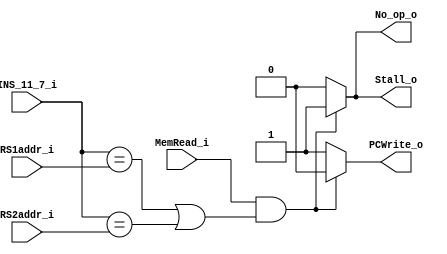
module Hazard_Detection_Unit(
    MemRead_i,
    INS_11_7_i,
    RS1addr_i,
    RS2addr_i,
    PCWrite_o,
    Stall_o,
    No_op_o
);

input  MemRead_i;
input  [4:0] INS_11_7_i;
input  [4:0] RS1addr_i, RS2addr_i;
output reg PCWrite_o;
output reg Stall_o;
output reg No_op_o;

always @(MemRead_i, RS1addr_i, RS2addr_i, INS_11_7_i) begin
    if(MemRead_i == 1'b1 && ((INS_11_7_i == RS1addr_i) || (INS_11_7_i == RS2addr_i))) begin
        Stall_o = 1'b1;
        No_op_o = 1'b1;
        PCWrite_o = 1'b0;
    end
    else begin
        Stall_o = 1'b0;
        No_op_o = 1'b0;
        PCWrite_o = 1'b1;
    end
end

endmodule